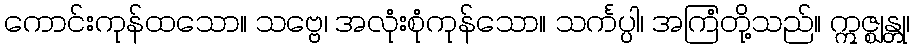
ကောင်းကုန်ထသော။ သဗ္ဗေ၊ အလုံးစုံကုန်သော။ သင်္ကပ္ပါ၊ အကြံတို့သည်။ ဣဇ္ဈန္တု၊